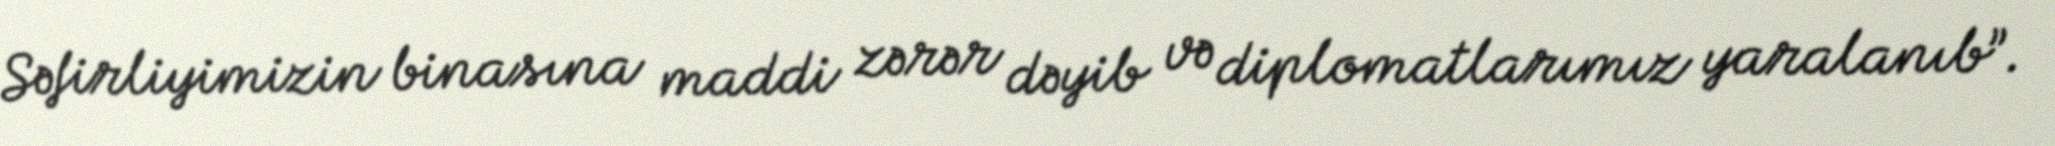
Səfirliyimizin binasına maddi zərər dəyib və diplomatlarımız yaralanıb”.